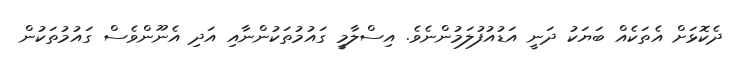
ދެކޮޅަށް އެތަކެއް ބަޔަކު ދަނީ އަޑުއުފުލަމުންނެވެ. އިސްލާމީ ގައުމުތަކުންނާއި އަދި އެނޫންވެސް ގައުމުތަކުން